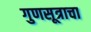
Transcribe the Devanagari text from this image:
गुणसूत्राचा